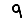
Digit: 9